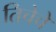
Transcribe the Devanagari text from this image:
तिचेचे